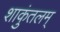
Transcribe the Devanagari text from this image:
शाकुंतलम्‌